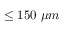
\leq 1 5 0 \ \mu m